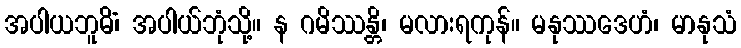
အပါယဘူမိံ၊ အပါယ်ဘုံသို့။ န ဂမိဿန္တိ၊ မလားရကုန်။ မနုဿဒေဟံ၊ မာနုသံ